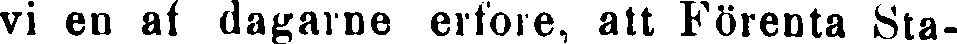
vi en af dagarne erfore, att Förenta Sta-